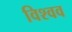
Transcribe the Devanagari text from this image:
विश्वव